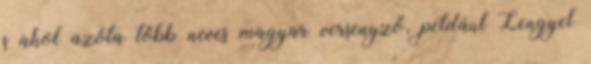
s ahol azóta több neves magyar versenyző, például Lengyel